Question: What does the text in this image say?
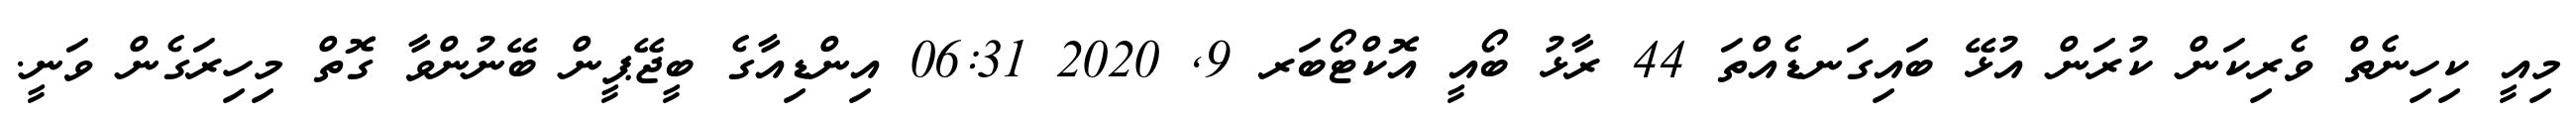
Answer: މިއީ ކިހިނެތް ވެރިކަން ކުރަން އުޅޭ ބައިގަނޑެއްތަ 44 ރާޅު ބޯއީ އޮކްޓޯބަރ 9, 2020 06:31 އިންޑިއާގެ ބީޖޭޕީން ބޭނުންވާ ގޮތް މިހިރަގެން ވަނީ.